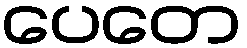
ပေတေ